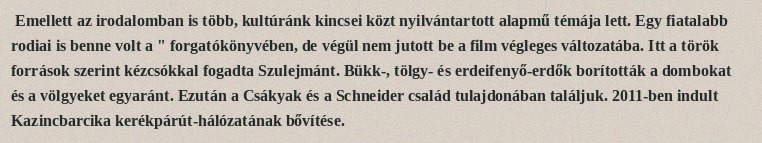
Emellett az irodalomban is több, kultúránk kincsei közt nyilvántartott alapmű témája lett. Egy fiatalabb rodiai is benne volt a " forgatókönyvében, de végül nem jutott be a film végleges változatába. Itt a török források szerint kézcsókkal fogadta Szulejmánt. Bükk-, tölgy- és erdeifenyő-erdők borították a dombokat és a völgyeket egyaránt. Ezután a Csákyak és a Schneider család tulajdonában találjuk. 2011-ben indult Kazincbarcika kerékpárút-hálózatának bővítése.